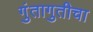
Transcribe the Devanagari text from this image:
गुंतागुतीचा